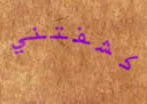
كشفتني